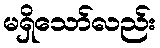
မရှိသော်လည်း